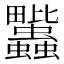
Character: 𧖈